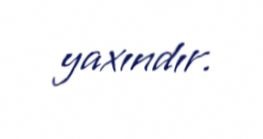
yaxındır.